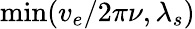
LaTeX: \operatorname*{min}(v_{e}/2\pi\nu,\lambda_{s})